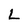
Character: L